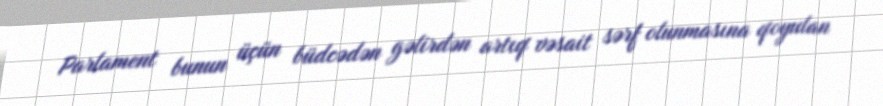
Parlament bunun üçün büdcədən gəlirdən artıq vəsait sərf olunmasına qoyulan